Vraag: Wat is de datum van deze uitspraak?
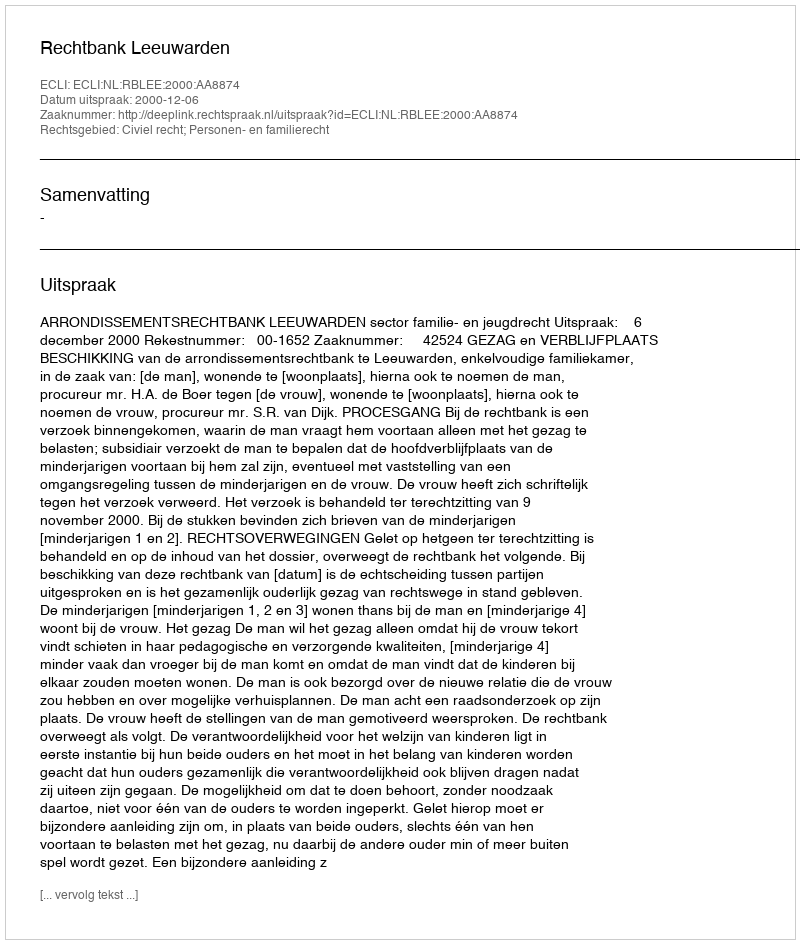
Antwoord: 2000-12-06